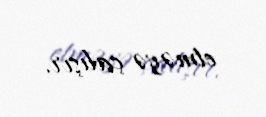
etməyə çalışır.